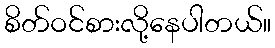
စိတ်ဝင်စားလို့နေပါတယ်။